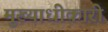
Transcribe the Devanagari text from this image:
मुख्याधीकारी